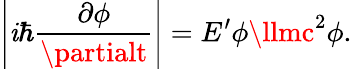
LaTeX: \left|\mathit{i}\hbar{\frac{{\partial\phi}}{{\partialt}}}\right|=E^{\prime}\phi\llmc^{2}\phi.